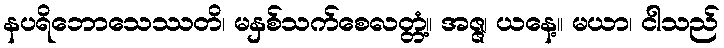
နပရိဘောသေဿတိ၊ မနှစ်သက်စေလတ္တံ့။ အဇ္ဇ၊ ယနေ့။ မယာ၊ ငါသည်